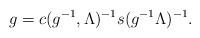
LaTeX: \begin{align*}g=c(g^{-1},\Lambda)^{-1}s(g^{-1}\Lambda)^{-1}.\end{align*}